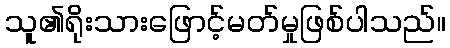
သူ၏ရိုးသားဖြောင့်မတ်မှုဖြစ်ပါသည်။